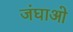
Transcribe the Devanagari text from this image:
जंघाओ